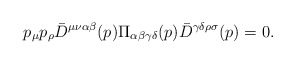
\begin{align*}p_\mu p_\rho{\bar D}^{\mu\nu\alpha\beta}(p)\Pi_{\alpha\beta\gamma\delta}(p){\bar D}^{\gamma\delta\rho\sigma}(p)=0.\end{align*}